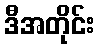
ဒီအတိုင်း